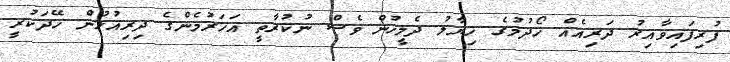
ފުރިފައިވާއިރު ދަރިއެއް ހޯދުމުގެ ޚިޔާލު ދެމީހުން ވެސް ނުކުރާތީ އަހަރުމެންގެ ދިރިއުޅުން ހޭދަކުރީ